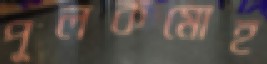
পুলকমোহ